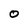
Character: O